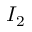
I _ { 2 }